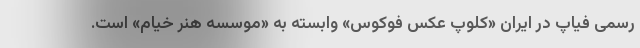
رسمی فیاپ در ایران «کلوپ عکس فوکوس» وابسته به «موسسه هنر خیام» است.